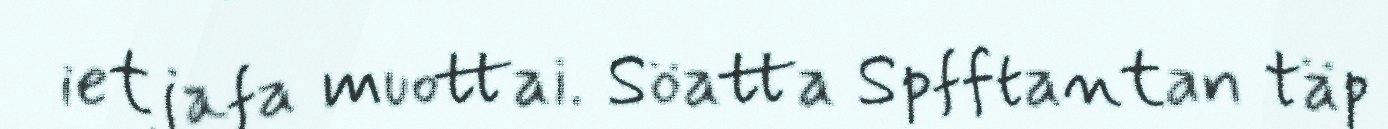
ietjafa muottai. Söatta Spfftantan täp